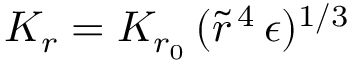
K _ { r } = K _ { r _ { 0 } } \, ( \tilde { r } ^ { \, 4 } \, \epsilon ) ^ { 1 / 3 }